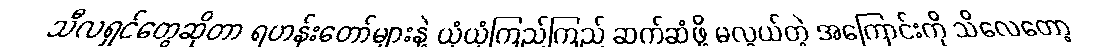
သီလရှင်တွေဆိုတာ ရဟန်းတော်များနဲ့ ယုံယုံကြည်ကြည် ဆက်ဆံဖို့ မလွယ်တဲ့ အကြောင်းကို သိလေတော့